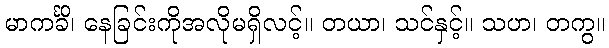
မာကင်္ခိ၊ နေခြင်းကိုအလိုမရှိလင့်။ တယာ၊ သင်နှင့်။ သဟ၊ တကွ။